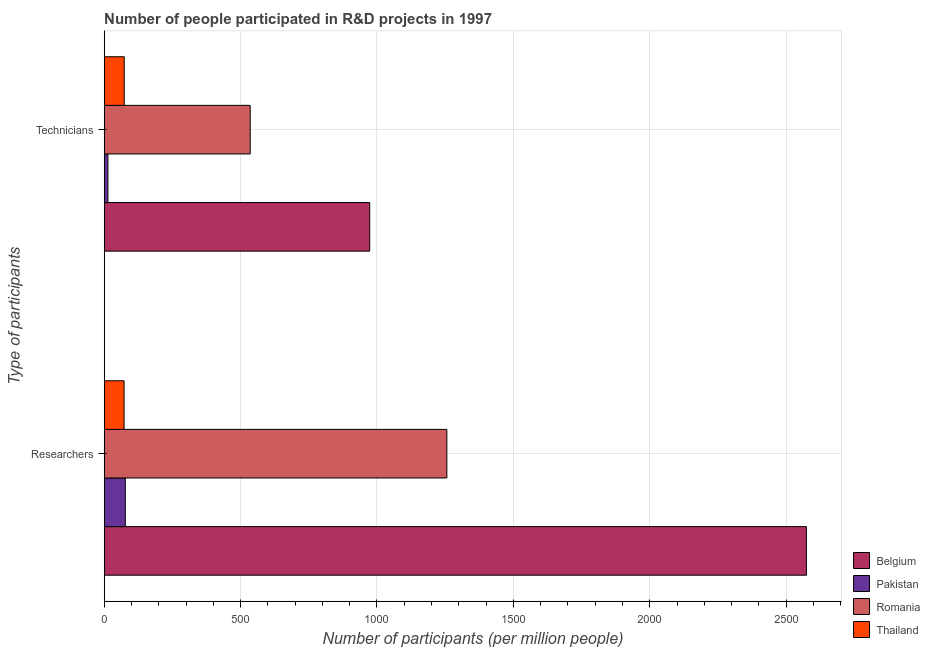
| Type of participants | Belgium | Pakistan | Romania | Thailand |
 | --- | --- | --- | --- | --- |
 | Researchers | 2.57e+03 | 77.4 | 1.26e+03 | 72.8 |
 | Technicians | 973 | 13.6 | 535 | 73.4 |